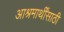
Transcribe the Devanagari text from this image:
आश्रमार्थींसाठी